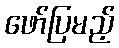
ဖော်ပြမည့်